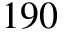
1 9 0